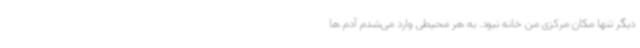
دیگر تنها مکان مرکزی من خانه نبود. به هر محیطی وارد می‌شدم آدم ها